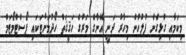
މިކަމާއި ގުޅިގެން ފުލުހުން މިހާރު ދަނީ އޭނާގެ މަރުގެ ހަޤީޤަތް ހޯދުމަށްޓަކައި ޕޯސްޓްމޯޓަމް